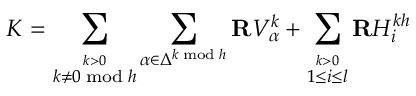
{ \cal K } = \sum _ { \stackrel { k > 0 } { k \neq 0 \bmod h } } \sum _ { \alpha \in \Delta ^ { k \bmod h } } { \bf R } V _ { \alpha } ^ { k } + \sum _ { \stackrel { k > 0 } { 1 \leq i \leq l } } { \bf R } H _ { i } ^ { k h }